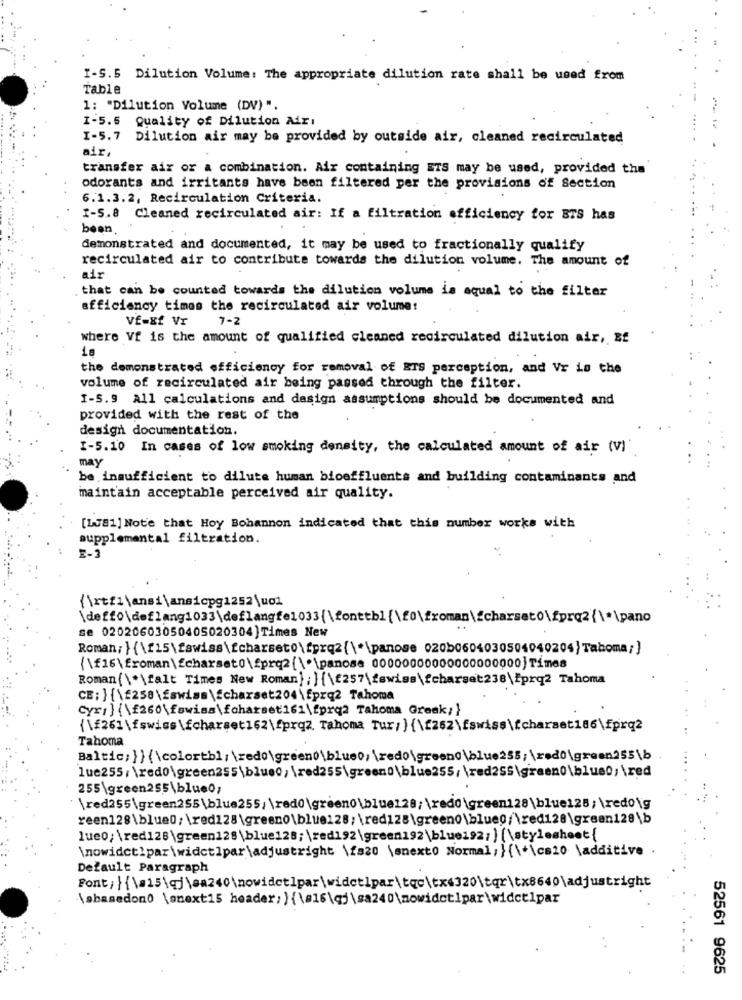
I-S.5 Dilution Volume: The appropriate dilution rate shall be used from
Table
1: "Dilution Volume (DV) ".
I-5.6 Quality of Dilution Air:
I-5.7 Dilution air may be provided by outside air, cleaned recirculated
air,
transfer aix or a combination. Air containing ETS may be used, provided the
odorants and irritants have been filtered per the provisions of Section
6.1.3.2, Recirculation Criteria.
I-S.8 Cleaned recirculated air: If a filtration efficiency for ETS has
been
demonstrated and documented, it may be used to fractionally qualify
recirculated air to contribute towards the dilution volume. The amount of
that can be counted towards the dilution volume is equal to the filter
efficiency times the recirculated air volume!
vf-xf Vr
7-2
where Vf is the amount of qualified cleaned recirculated dilution air, Bf
18
the demonstrated efficiency for removal of ETS perception, and Vr Lo the
volume of recirculated air being passed through the filter.
I-S.9 All calculations and design assumptions should be documented and
provided with the rest of the
design documentation.
I-5.10 In cases of low smoking density, the calculated amount of air (V)'
may
be insufficient to dilute human bioeffluents and building contaminants and
maintain acceptable perceived air quality.
[1781] Note that Hoy Bohannon indicated that this number works with
supplemental filtration.
E-3
{\rtf1\ansi\ansicpg1252\u01
\deffo\deflang1033\deflange1033{\fonttbl{\f0\froman\{charseto\fprq2{\*\pano
se 02020603050405020304)Times New
Roman; } {\£15\fswiss\fcharset0\fprq2{\"\panose 020b0604030504040204}Tahoma;]
(\f16\froman\{charset0\fprq2{\ *\panosa 00000000000000000000} Times
Roman{\*\falt Times New Roman}; ] {\f257\fswiss\fcharset238|fprq2 Tahoma
CE; } {\£258\£swiss\fcharset204\fprq2 Tahoma
Cyr:] {\£260\fawiss\foharset161\fprq2 Tahoma Greek;}
{\£261\fswiss\fcharset162\fprqz. Tahoma Tur;} {\[262\fswiss\{charset186\fprq2
Tahoma
Baltic;}} {\colortbl; \redo\green\blueo, \redo\greeno\blue255; \red0\green255\b
luc255; \redo\green255\blue0; \red255\green0\blue255/ \red25S\graen0\blue0;\red
255\green255\blue0;
red355\green255\blue255/ \red0\greeno\blue128; \redo\green128\blue125; \redog
reen128\blue0; \red128\greeno\blue128; \red128\green0\blue0/\red128\green128\b
lue0; \red126\green128\blue128; \red192 \green192\blue192; ] [\stylesheet
inowidet?par\widetlpar\adjustright \fs20 \snext0 Normal, } {\*\cs10 \additive
Default Paragraph
løbasedon0 [snext15 header; } {\#16\gj\sa240\nowidetipar\widetipar
52561 9625